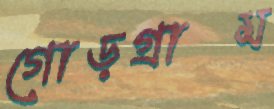
গোড়গ্রাম